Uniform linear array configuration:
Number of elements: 12
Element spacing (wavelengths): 0.25
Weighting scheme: cosine
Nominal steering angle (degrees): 0
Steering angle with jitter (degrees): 1.919
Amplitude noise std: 0.05
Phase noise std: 0.05

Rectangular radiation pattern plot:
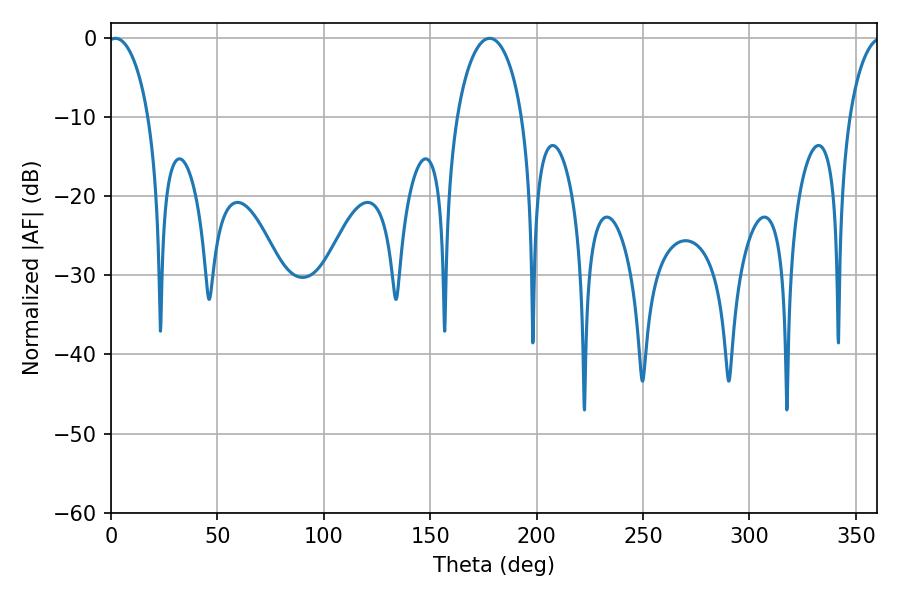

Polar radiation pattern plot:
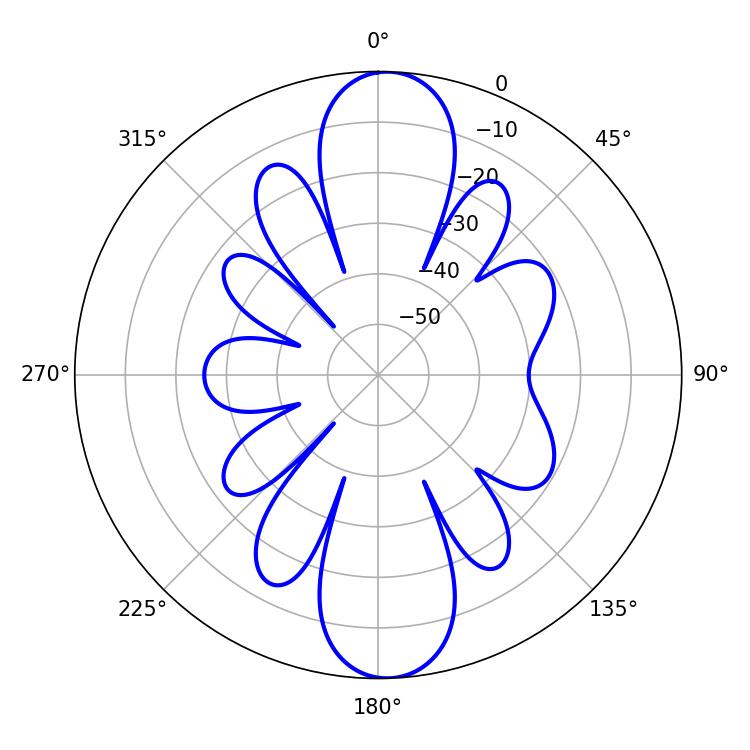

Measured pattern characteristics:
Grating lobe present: FALSE
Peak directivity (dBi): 19.147
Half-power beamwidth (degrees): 10.98
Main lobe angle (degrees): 2.16